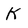
Character: K